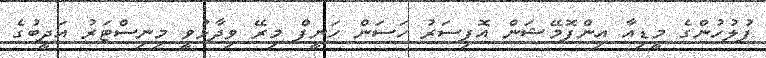
ފުލުހުންގެ މީޑިއާ އިންފޮމޭޝަން އޮފިސަރު ހަސަން ހަނީފް މިރޭ ވިދާޅުވީ މިނިސްޓަރު އަދީބުގެ